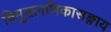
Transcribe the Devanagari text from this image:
विमुक्तगणिकासङ्गाय